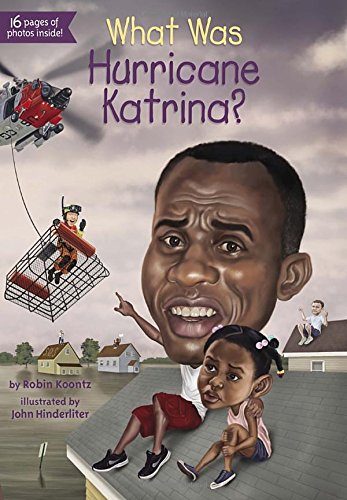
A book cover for What Was Hurricane Katrina?; Robin Koontz; Children's Books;